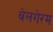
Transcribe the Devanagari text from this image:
बेलगेरम